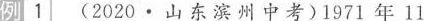
例1(2020·山东滨州中考)1971年11